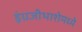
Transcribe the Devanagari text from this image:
इंग्रजीभाशेमध्ये